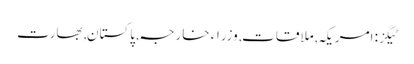
ٹیگز: امریکہ , ملاقات , وزراء خارجہ , پاکستان , بھارت